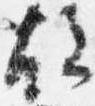
故